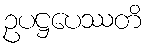
ဥပဋ္ဌပေဿတိ